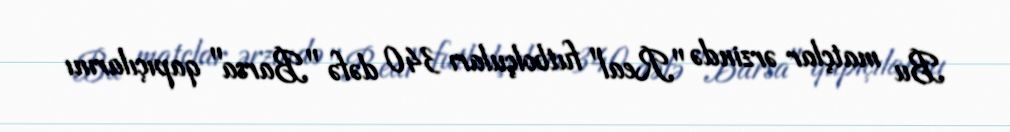
Bu matçlar ərzində "Real" futbolçuları 340 dəfə "Barsa" qapıçılarını